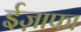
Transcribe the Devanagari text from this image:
ईज़ाफा